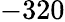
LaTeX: -320